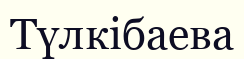
Түлкібаева